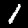
Label: 1